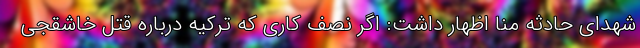
شهدای حادثه منا اظهار داشت: اگر نصف کاری که ترکیه درباره قتل خاشقجی